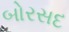
બોરસદ